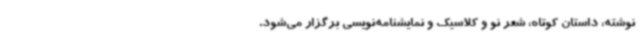
نوشته، داستان کوتاه، شعر نو و کلاسیک و نمایشنامه‌نویسی برگزار می‌شود.